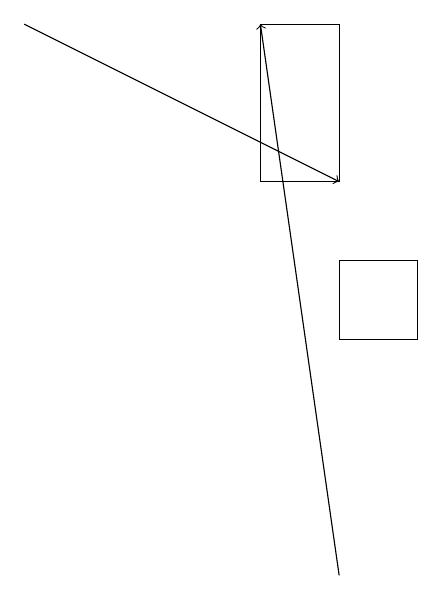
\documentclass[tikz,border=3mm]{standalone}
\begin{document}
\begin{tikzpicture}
\draw[->] (5,11) -- (4,18);
\draw[->] (1,18) -- (5,16);
\draw (6,14) rectangle (5,15);
\draw (5,18) rectangle (4,16);
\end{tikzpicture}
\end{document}